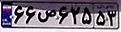
۶۶ص۶۲۵۵۳